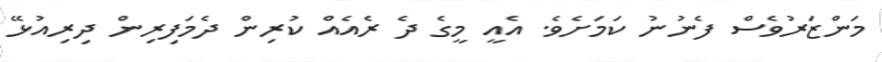
މަންޒަރުވެސް ފެނުނު ކަމަށެވެ. އެއީ މީގެ ދެ ރެެއެއް ކުރިން ދެމަފިރިން ދިރިއުޅޭ